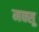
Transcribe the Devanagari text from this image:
मक्सू